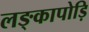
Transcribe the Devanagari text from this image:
लङ्कापोड़ि